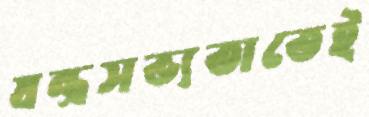
যন্ত্রসভ্যতাতেই